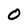
Character: 0